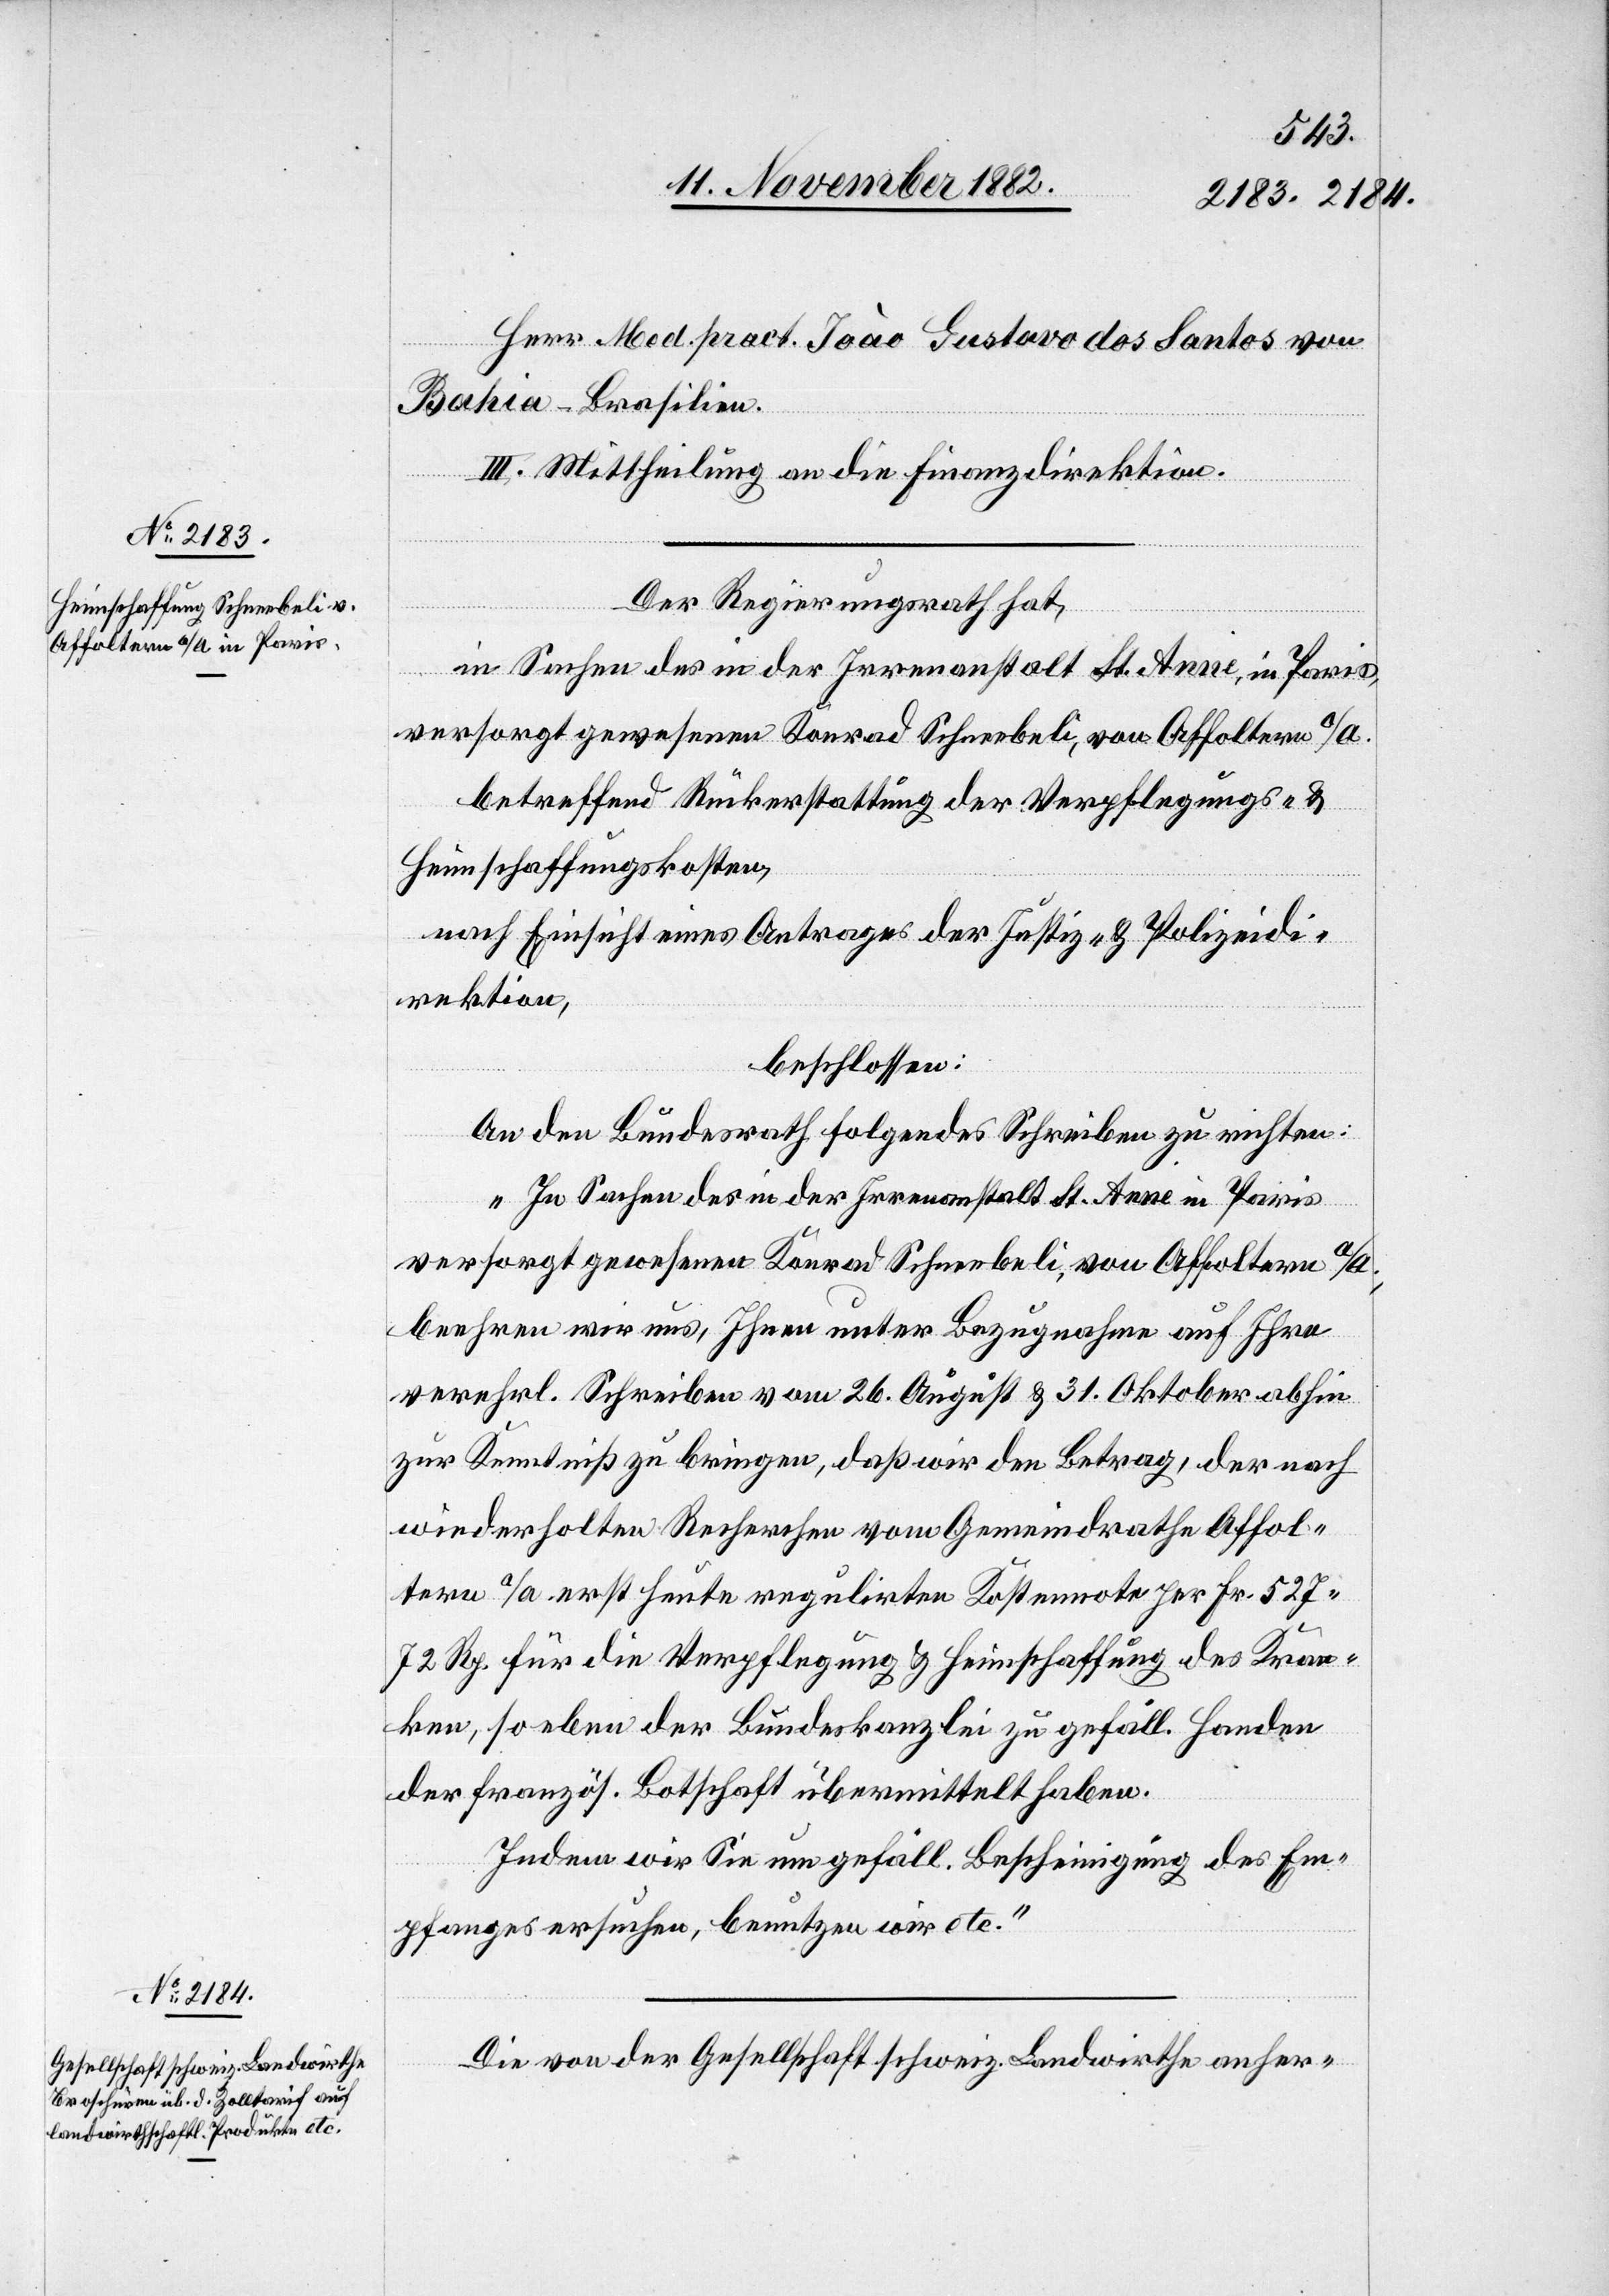
15. November 1882.]
Herr Med. pract. Joào Gustavo dos Santos von
Bahia - Brasilien.
III. Mittheilung an die Finanzdirektion.
Der Regierungsrath hat,
im Sachen der in der Irrenanstalt St. Anne, in Paris,
versorgt gewesenen Konrad Schneebeli, von Affoltern a/A.
betreffend Rückerstattung der Verpflegungs- &
Heimschaffungskosten,
nach Einsicht eines Antrages der Justiz- & Polizeidi¬
rektion,
beschlossen:
An den Bundesrath folgendes Schreiben zu richten:
„In Sachen des in der Irrenanstalt St. Anne in Paris
versorgt gewesenen Konrad Schneebeli, von Affoltern a/A.,
beehren wir uns, Ihnen unter Bezugnahme auf Ihre
verehrl. Schreiben vom 26. August & 31. Oktober abhin
zur Kenntniß zu bringen, daß wir den Betrag, der nach
wiederholten Recherchen vom Gemeindrathe Affol¬
tern a/A. erst heute regulirten Kostennote per Fr. 527
72 Rp. für die Verpflegung & Heimschaffung des Kran¬
ken, soeben der Bundeskanzlei zu gefäll. Handen
der französ. Botschaft übermittelt haben.
Indem wir Sie um gefäll. Bescheinigung des Em¬
pfanges ersuchen, benutzen wir etc.“
Die von der Gesellschaft schweiz. Landwirthe anher-